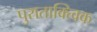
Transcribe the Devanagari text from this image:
पुराताक्त्विक